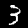
Digit: 3